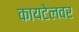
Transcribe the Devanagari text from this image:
कायटेलवर